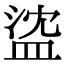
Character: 𥁭